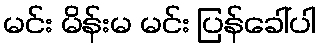
မင်း မိန်းမ မင်း ပြန်ခေါ်ပါ